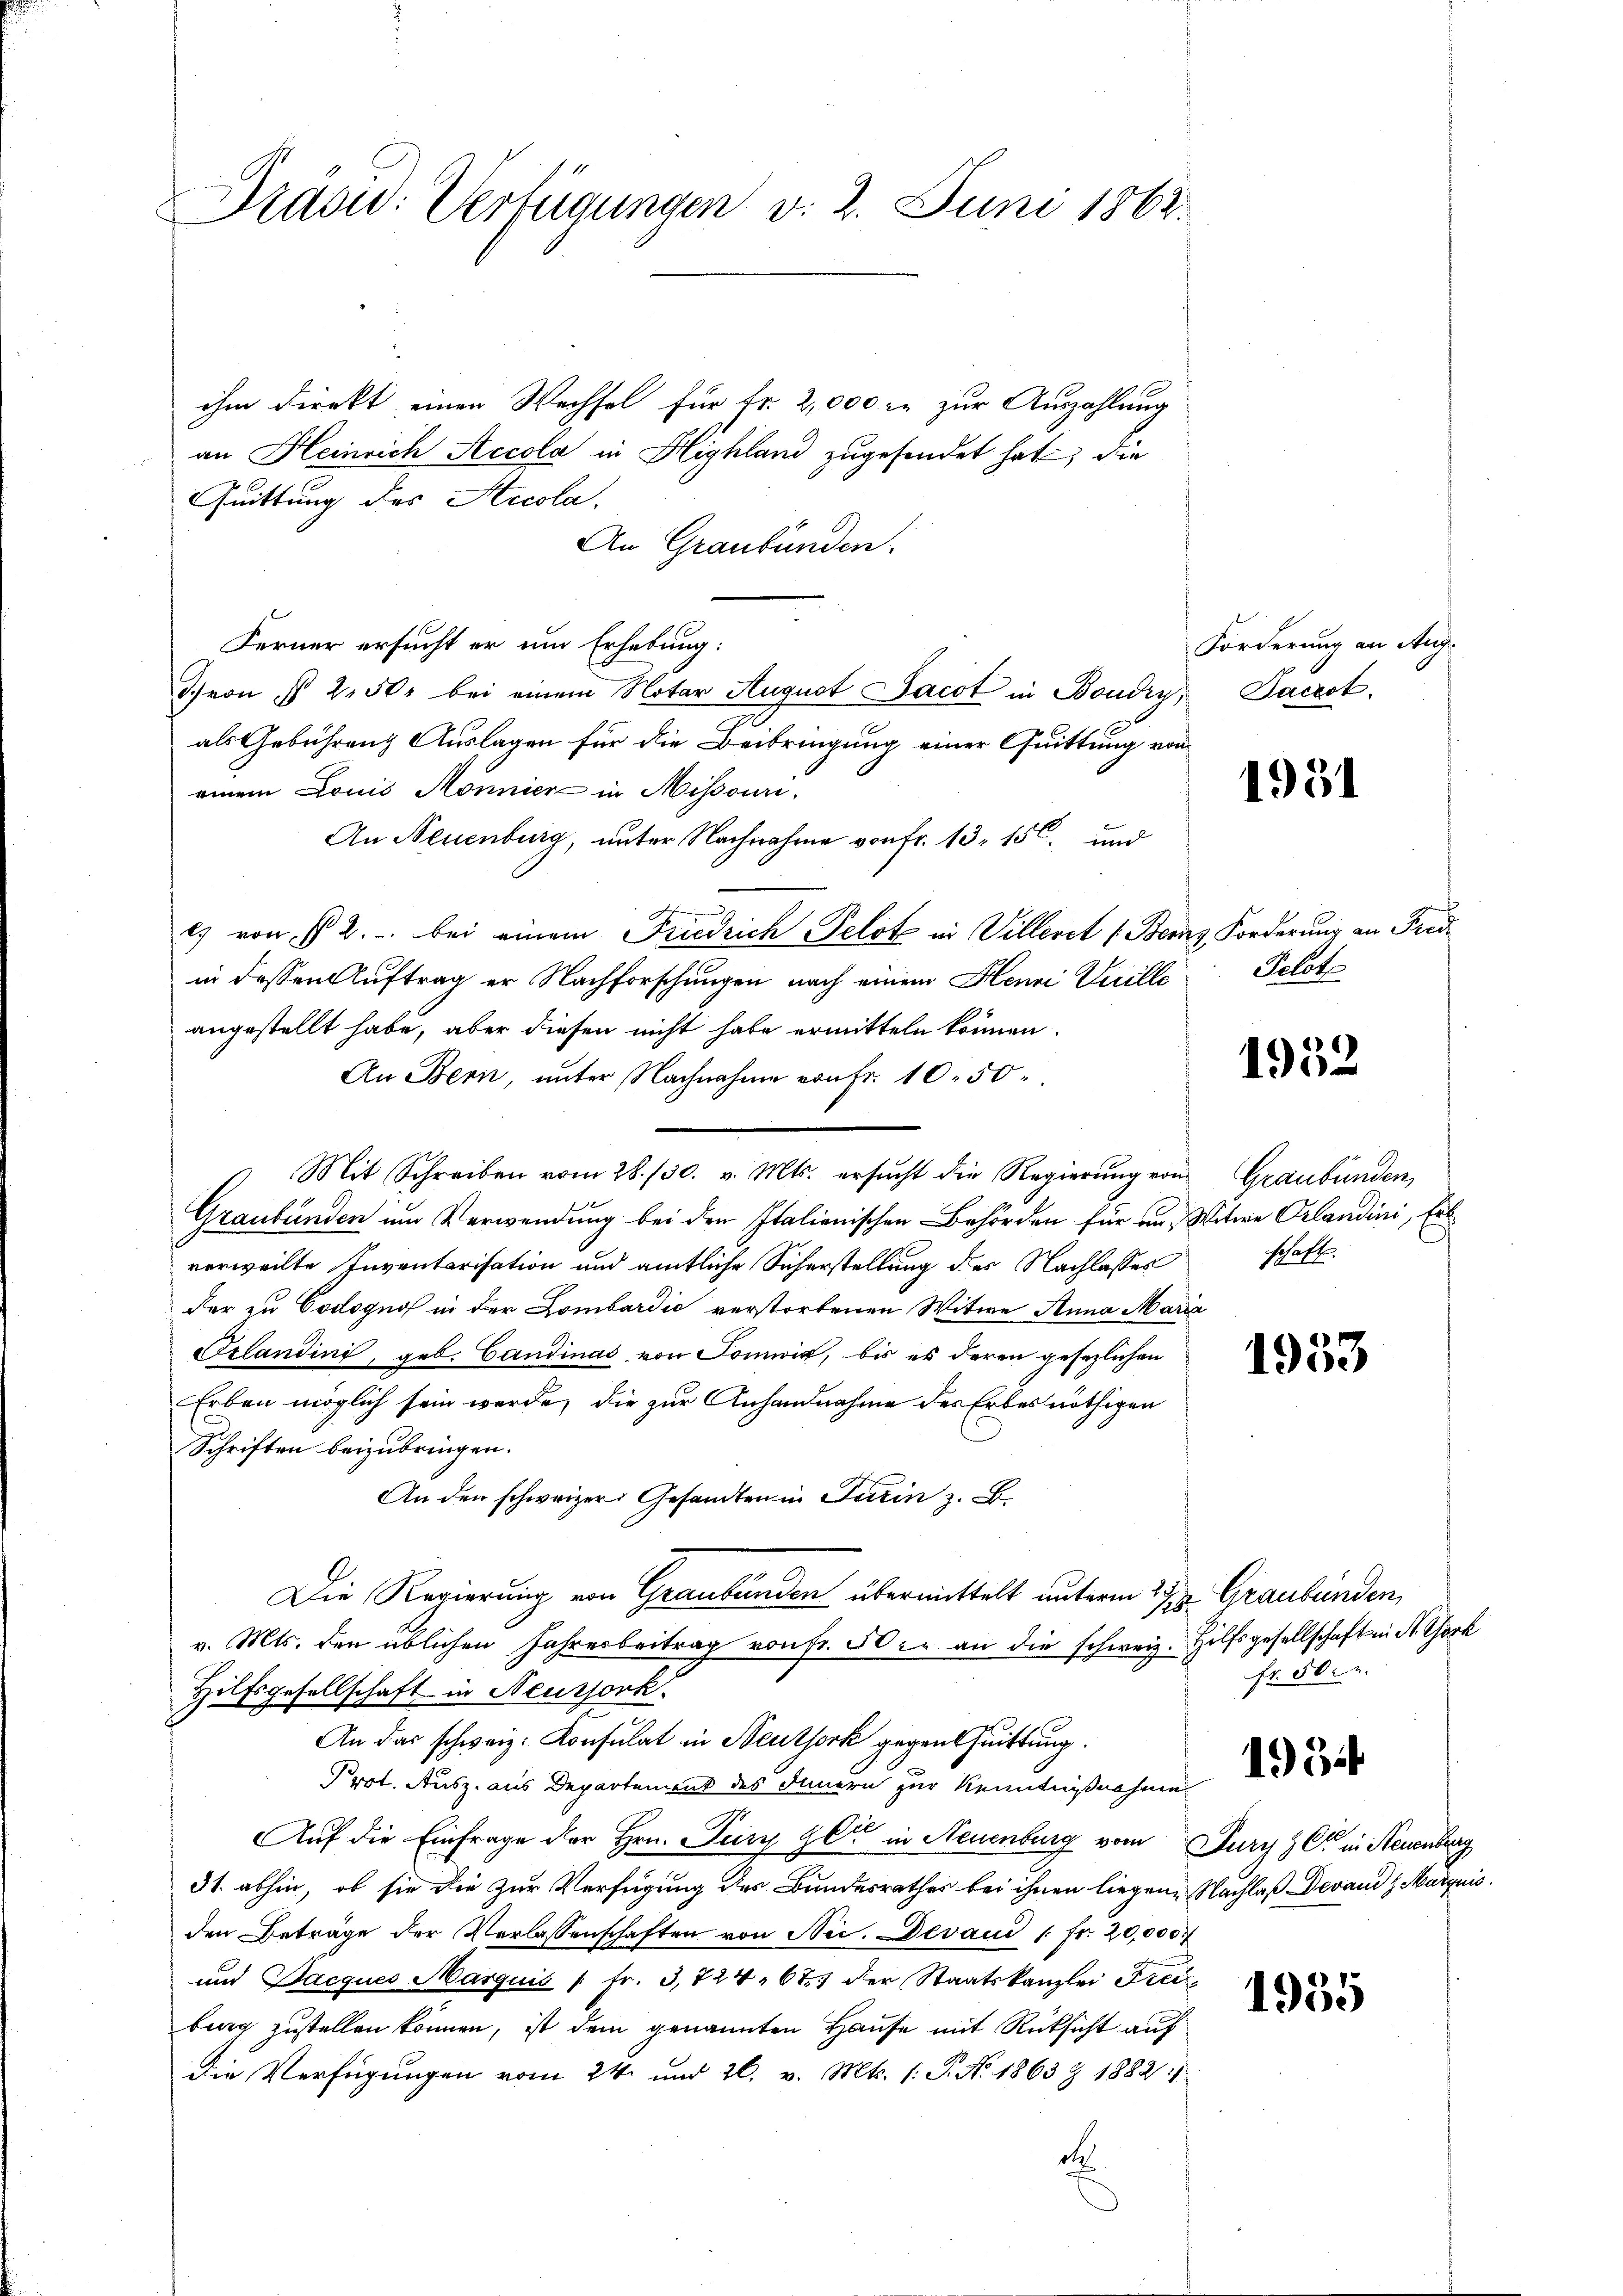
Prasiv: Verfügungen v. 2. Juni 1862.

ihm direkt einen Wechsel für Fr. 2,000 r. zur Auszahlung
an Heinrich Accola in Highland zugesendet hat, die
Quittung des Accola.
An Graubünden.
Ferner ersucht er um Erhebung:
3.) von § 250. bei einem Notar August Jacot in Boudry,
als Gebührung Auslagen für die Beibringung einer Quittung von
einem Louis Mönnier in Missouri
An Neuenburg, unter Nachnahme von fr. 13. 150. und
e) von § 2. bei einem Friedrich Pelot in Villeret 1. Bernz Forderung an Freiin dessen Auftrag er Nachforschungen nach einem Henri Weille
angestellt habe, aber diesen nicht habe ermitteln können.
An Bern, unter Nachnahme von Fr. 10. 50
Graubünden im Verwendung bei den Italienischen Behörden für an, Witwe Orlandini, Erbverweilte Inventarisation und amtliche Sicherstellung des Nachlasses schaft.
der zu Codognos in der Lombardić verstorbenen Witwe Anna Maria
Ezlandini, geb. Candinas, von Pomwis, bis es deren gesezlichen
Erben möglich sein werde, die zur Anhandnahme des Erbes nöthigen
Schriften beizubringen.
An den schweizer Gesandten in Turin z. B.
9.
Die Regierung von Graubünden übermittelt unterm 23sten Graubünden,
v. Mts. den üblichen Fahresbeitrag von Fr. 50 r. an die schweiz. Hilfsgesellschaft in St. Chork
Hilfsgesellschaft in Neussork.
An das schweiz. Konsulat in Neuthork gegenthuittung.
Prot. Ausz. aus Departement des Innern zur Kenntnißnahme
Auf die Einfrage der Hrn. Jury et in Neuenburg vom Jury z C in Neuenburg
31. abhin, ob sie die zur Verfügung des Bundesrathes bei ihnen liegene Nachlaß Devand H. Marquis
den Beträge der Verlassenschaften von Nic. Devan 1 fr. 20,000 f
und Jacques Marquis   Fr. 3, 724, 677 der Staatskanzlei Freibung zustellen können, ist dem genannten Hause mit Rücksicht auf
Die Verfügungen vom 24. und 26. v. Mts. 1. P. Nr. 1863 & 1882:
d

Mit Schreiben vom 28. 130. v. Mts. ersŭcht die Regierŭng von Graubünden,

Forderung an Aug.
Pacrot.

1951

Pilote

1952

1933

fr. 50.

1955